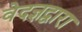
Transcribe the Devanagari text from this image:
वेदज्ञद्वारा